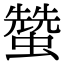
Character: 𧑯